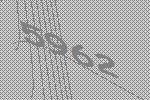
5962